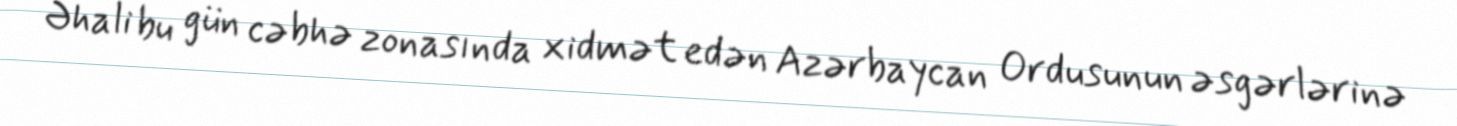
Əhali bu gün cəbhə zonasında xidmət edən Azərbaycan Ordusunun əsgərlərinə